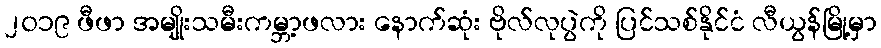
၂၀၁၉ ဖီဖာ အမျိုးသမီးကမ္ဘာ့ဖလား နောက်ဆုံး ဗိုလ်လုပွဲကို ပြင်သစ်နိုင်ငံ လီယွန်မြို့မှာ